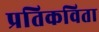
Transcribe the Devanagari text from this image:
प्रतिकविता